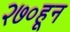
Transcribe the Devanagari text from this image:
२७०हून